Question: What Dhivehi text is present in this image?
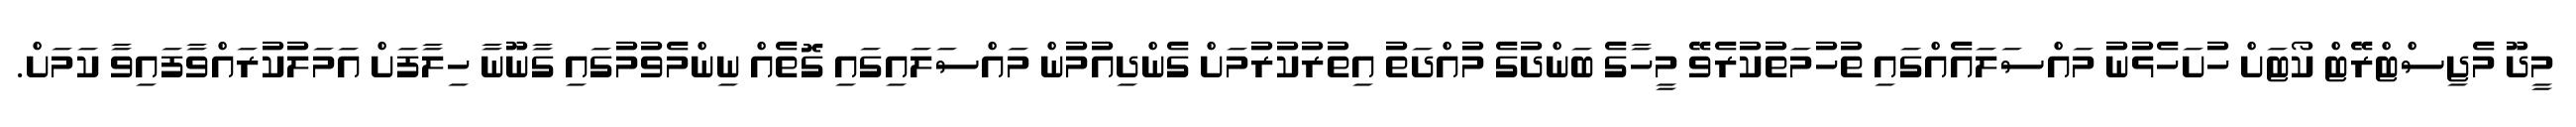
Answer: މީދޫ މެޖިސްޓްރޭޓް ކޯޓަށް ހުށަހެޅުނު މައްސަލައެއްގައި ތުހުމަތުކުރެވޭ މީހާގެ ބަންދުގެ މުއްދަތު އިތުރުކުރުމަށް ގެންދިއުމުން މައްސަލައިގައި ގޮތެއް ނިންމެވުމުގައި ގާނޫނާ ހިލާފަށް އަމަލުކުރައްވާފައިވާ ކަމަށް.